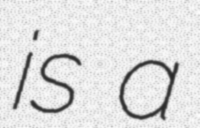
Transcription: is a